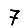
Digit: 7